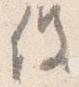
役